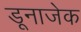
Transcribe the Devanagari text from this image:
डूनाजेक